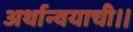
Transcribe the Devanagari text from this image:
अर्थान्वयाची।।